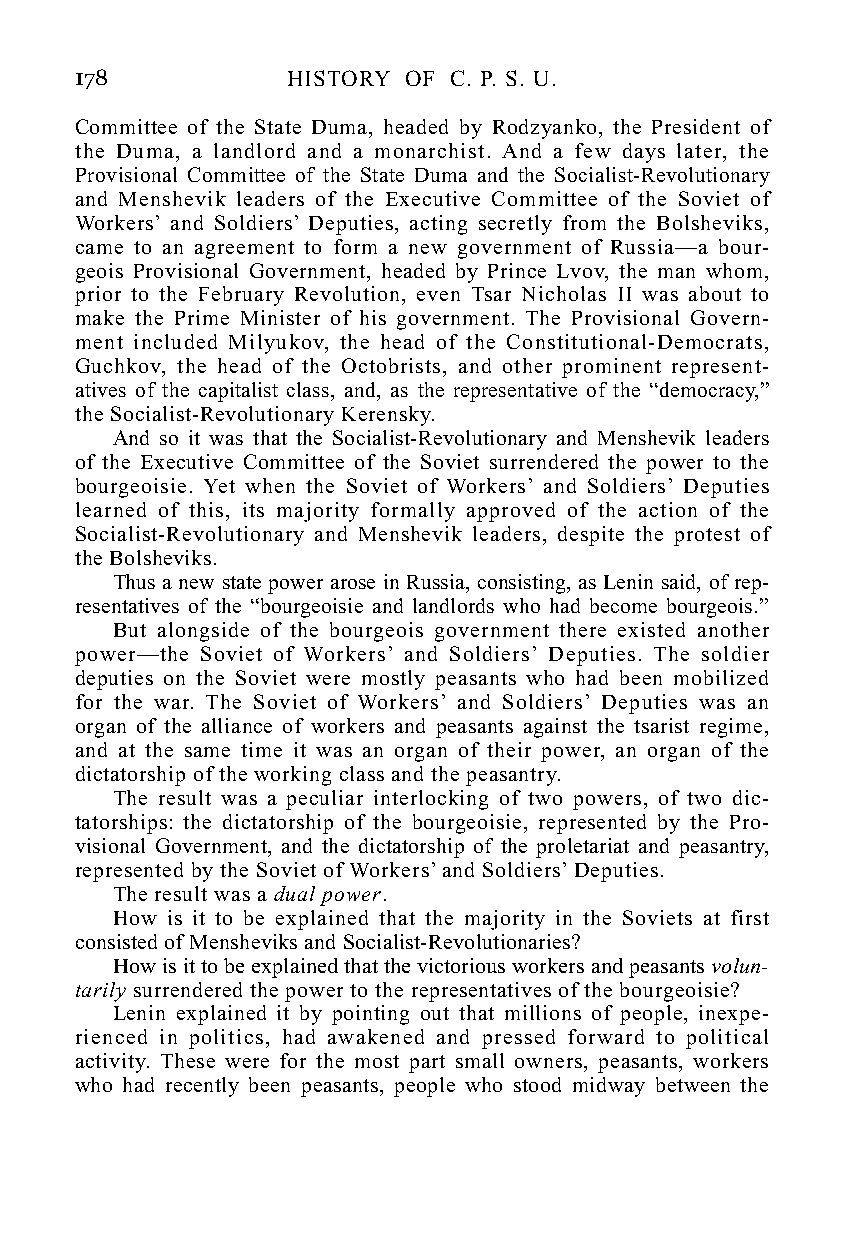
178           HISTORY OF C. P. S. U.
 Committee of the State Duma, headed by Rodzyanko, the President of
 the Duma, a landlord and a monarchist. And a few days later, the
 Provisional Committee of the State Duma and the Socialist-Revolutionary
 and Menshevik leaders of the Executive Committee of the Soviet of
 Workers’ and Soldiers’ Deputies, acting secretly from the Bolsheviks,
 came to an agreement to form a new government of Russia—a bour-
 geois Provisional Government, headed by Prince Lvov, the man whom,
 prior to the February Revolution, even Tsar Nicholas II was about to
 make the Prime Minister of his government. The Provisional Govern-
 ment included Milyukov, the head of the Constitutional-Democrats,
 Guchkov, the head of the Octobrists, and other prominent represent-
 atives of the capitalist class, and, as the representative of the “democracy,”
 the Socialist-Revolutionary Kerensky.
 And so it was that the Socialist-Revolutionary and Menshevik leaders
 of the Executive Committee of the Soviet surrendered the power to the
 bourgeoisie. Yet when the Soviet of Workers’ and Soldiers’ Deputies
 learned of this, its majority formally approved of the action of the
 Socialist-Revolutionary and Menshevik leaders, despite the protest of
 the Bolsheviks.
 Thus a new state power arose in Russia, consisting, as Lenin said, of rep-
 resentatives of the “bourgeoisie and landlords who had become bourgeois.”
 But alongside of the bourgeois government there existed another
 power—the Soviet of Workers’ and Soldiers’ Deputies. The soldier
 deputies on the Soviet were mostly peasants who had been mobilized
 for the war. The Soviet of Workers’ and Soldiers’ Deputies was an
 organ of the alliance of workers and peasants against the tsarist regime,
 and at the same time it was an organ of their power, an organ of the
 dictatorship of the working class and the peasantry.
 The result was a peculiar interlocking of two powers, of two dic-
 tatorships: the dictatorship of the bourgeoisie, represented by the Pro-
 visional Government, and the dictatorship of the proletariat and peasantry,
 represented by the Soviet of Workers’ and Soldiers’ Deputies.
 The result was a dual power.
 How is it to be explained that the majority in the Soviets at first
 consisted of Mensheviks and Socialist-Revolutionaries?
 How is it to be explained that the victorious workers and peasants volun-
 tarily surrendered the power to the representatives of the bourgeoisie?
 Lenin explained it by pointing out that millions of people, inexpe-
 rienced in politics, had awakened and pressed forward to political
 activity. These were for the most part small owners, peasants, workers
 who had recently been peasants, people who stood midway between the